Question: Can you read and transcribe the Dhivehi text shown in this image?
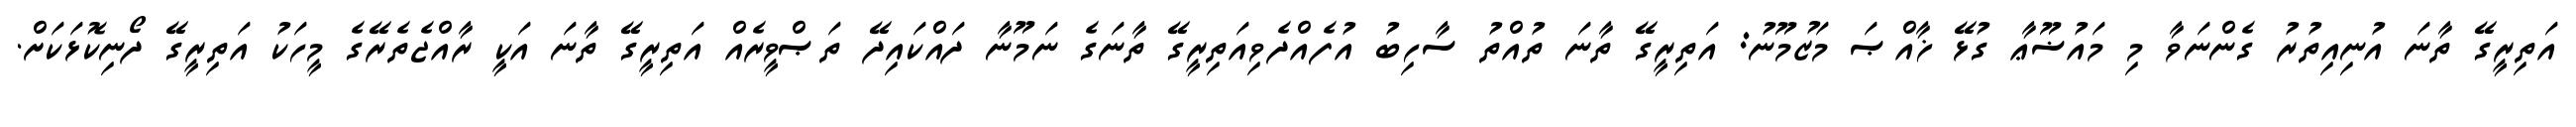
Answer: އަތިރީގޭ ތާނަ އުނިއިތުރު ގެންނަވާ މި މައުޟޫޢާ ގުޅޭ ޚާއްޞަ މަޒުމޫނު: އަތިރީގޭ ތާނަ ތުއްތު ސާހިބު އުފެއްދެވިއަތިރީގޭ ތާނަގެ ނަމޫނާ ދައްކައިދޭ ތަޞްވީރެއް އަތިރީގޭ ތާނަ އަކީ ރާއްޖެތެރޭގެ މީހަކު އަތިރީގޭ ދޯނިކޮޅަކަށް.